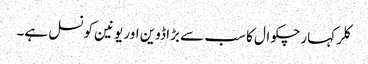
کلر کہار چکوال کا سب سے بڑا ڈوین اور یونین کونسل ہے۔